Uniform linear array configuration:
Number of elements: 4
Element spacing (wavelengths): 1
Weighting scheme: hamming
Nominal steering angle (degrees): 60
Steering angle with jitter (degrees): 61.201
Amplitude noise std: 0.05
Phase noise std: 0.05

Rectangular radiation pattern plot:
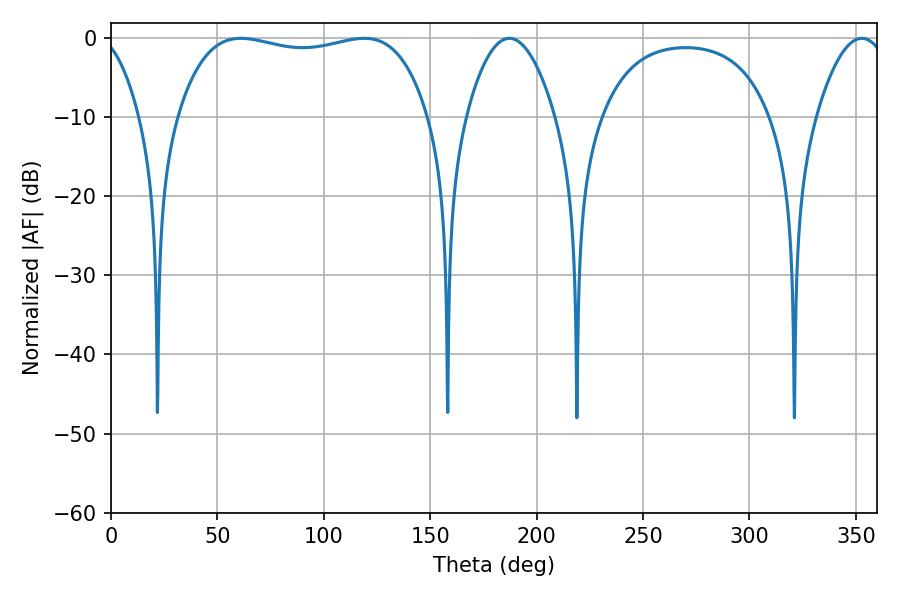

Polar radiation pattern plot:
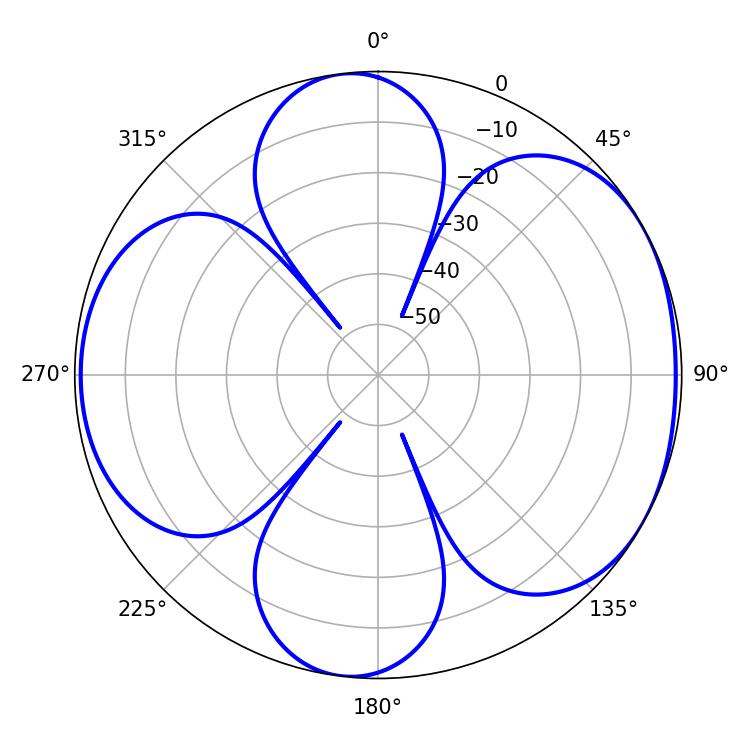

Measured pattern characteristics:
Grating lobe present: TRUE
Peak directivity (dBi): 5.571
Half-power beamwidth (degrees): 23.04
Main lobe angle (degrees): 187.2